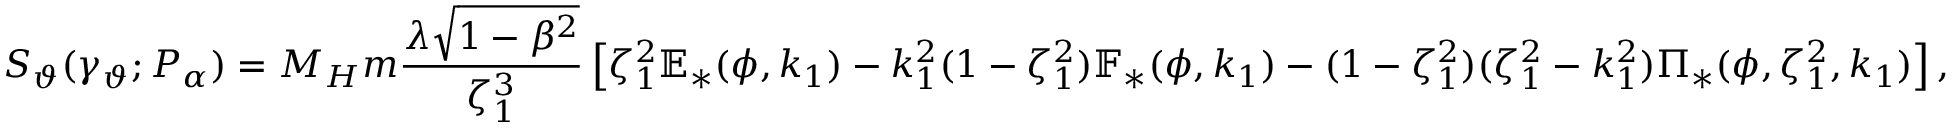
S _ { \vartheta } ( \gamma _ { \vartheta } ; P _ { \alpha } ) = M _ { H } m \frac { \lambda \sqrt { 1 - \beta ^ { 2 } } } { \zeta _ { 1 } ^ { 3 } } \left[ \zeta _ { 1 } ^ { 2 } \mathbb { E } _ { * } ( \phi , k _ { 1 } ) - k _ { 1 } ^ { 2 } ( 1 - \zeta _ { 1 } ^ { 2 } ) \mathbb { F } _ { * } ( \phi , k _ { 1 } ) - ( 1 - \zeta _ { 1 } ^ { 2 } ) ( \zeta _ { 1 } ^ { 2 } - k _ { 1 } ^ { 2 } ) \Pi _ { * } ( \phi , \zeta _ { 1 } ^ { 2 } , k _ { 1 } ) \right] ,